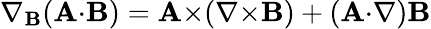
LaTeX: \nabla_{\mathbf{B}}\! \left(\mathbf{A{\cdot}B}\right)=\mathbf{A}{\times}\! \left(\nabla{\times}\mathbf{B}\right)+\left(\mathbf{A}{\cdot}\nabla\right)\mathbf{B}